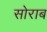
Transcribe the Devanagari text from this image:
सोराब